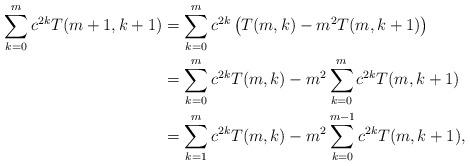
LaTeX: \begin{align*}\sum_{k=0}^{m}c^{2k}T(m+1,k+1) & =\sum_{k=0}^{m}c^{2k}\left(T(m,k)-m^{2}T(m,k+1)\right)\\ & =\sum_{k=0}^{m}c^{2k}T(m,k)-m^{2}\sum_{k=0}^{m}c^{2k}T(m,k+1)\\ & =\sum_{k=1}^{m}c^{2k}T(m,k)-m^{2}\sum_{k=0}^{m-1}c^{2k}T(m,k+1),\end{align*}